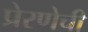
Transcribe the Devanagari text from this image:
प्रेरणेची